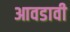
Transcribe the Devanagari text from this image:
आवडावी